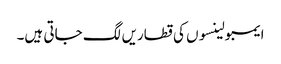
ایمبولینسوں کی قطاریں لگ جاتی ہیں۔